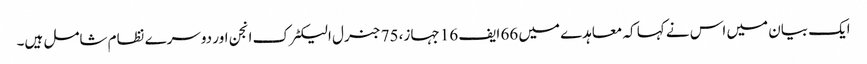
ایک بیان میں اس نے کہا کہ معاہدے میں 66 ایف 16 جہاز، 75 جنرل الیکٹرک انجن اور دوسرے نظام شامل ہیں۔